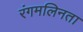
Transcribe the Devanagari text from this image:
रंगमलिनता